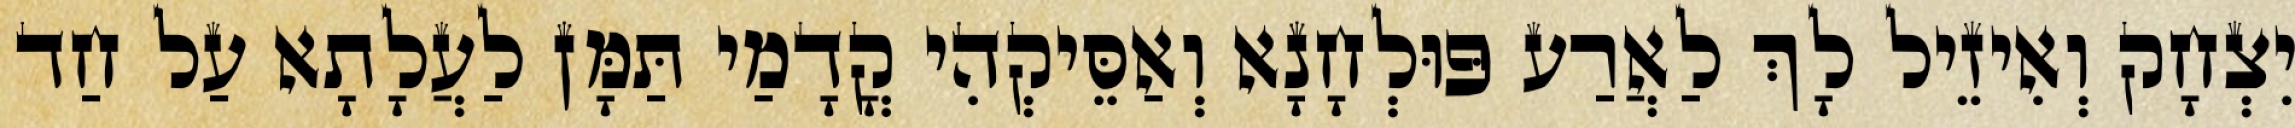
יִצְחָק וְאִיזֵיל לָךְ לַאֲרַע פּוּלְחָנָא וְאַסֵּיקְהִי קֳדָמַי תַּמָּן לַעֲלָתָא עַל חַד